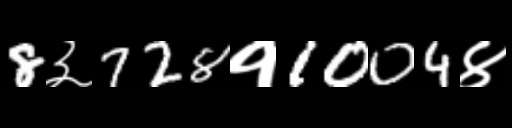
Text: 8३728१1004४